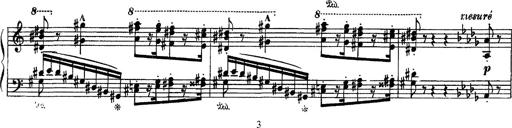
Title: Fantaisie sur des motifs favoris de l'opÃ©ra 'La sonnambula'
Composer: Franz Liszt